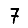
Digit: 7